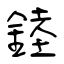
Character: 錴